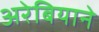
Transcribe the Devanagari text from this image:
अरेबियाने